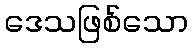
ဒေသဖြစ်သော